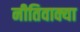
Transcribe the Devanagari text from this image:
नीतिवाक्या